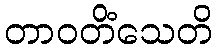
တာဝတိံသေတိ